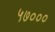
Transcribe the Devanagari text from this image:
५७०००